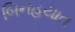
બિનહયાત